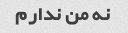
نه من ندارم